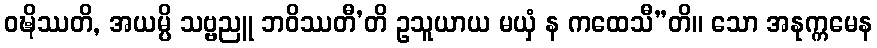
ဝဍ္ဎိဿတိ, အယမ္ပိ သဗ္ဗညူ ဘဝိဿတီ’တိ ဥသူယာယ မယှံ န ကထေသီ”တိ။ သော အနုက္ကမေန